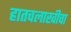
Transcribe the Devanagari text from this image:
हातचलाखीचा